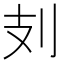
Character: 𠚽